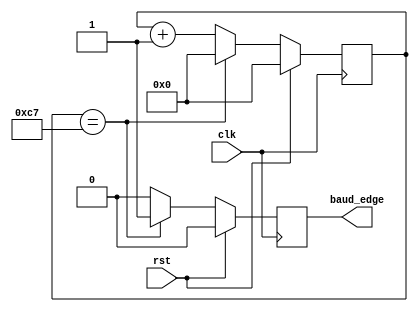
module BAUDGEN(
    input clk,
    input rst,
    output reg baud_edge
);
    parameter COUNTER = 200;

    reg [$clog2(COUNTER)-1:0] counter;

    always @(posedge clk) begin
        if(rst) begin
            counter <= 0;
            baud_edge <= 0;
        end else begin
            if(counter == COUNTER-1) begin
                baud_edge <= 1;
                counter <= 0;
            end else begin
                baud_edge <= 0;
                counter <= counter + 1;
            end
        end
    end
endmodule